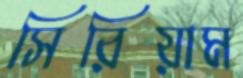
সিরিয়াম